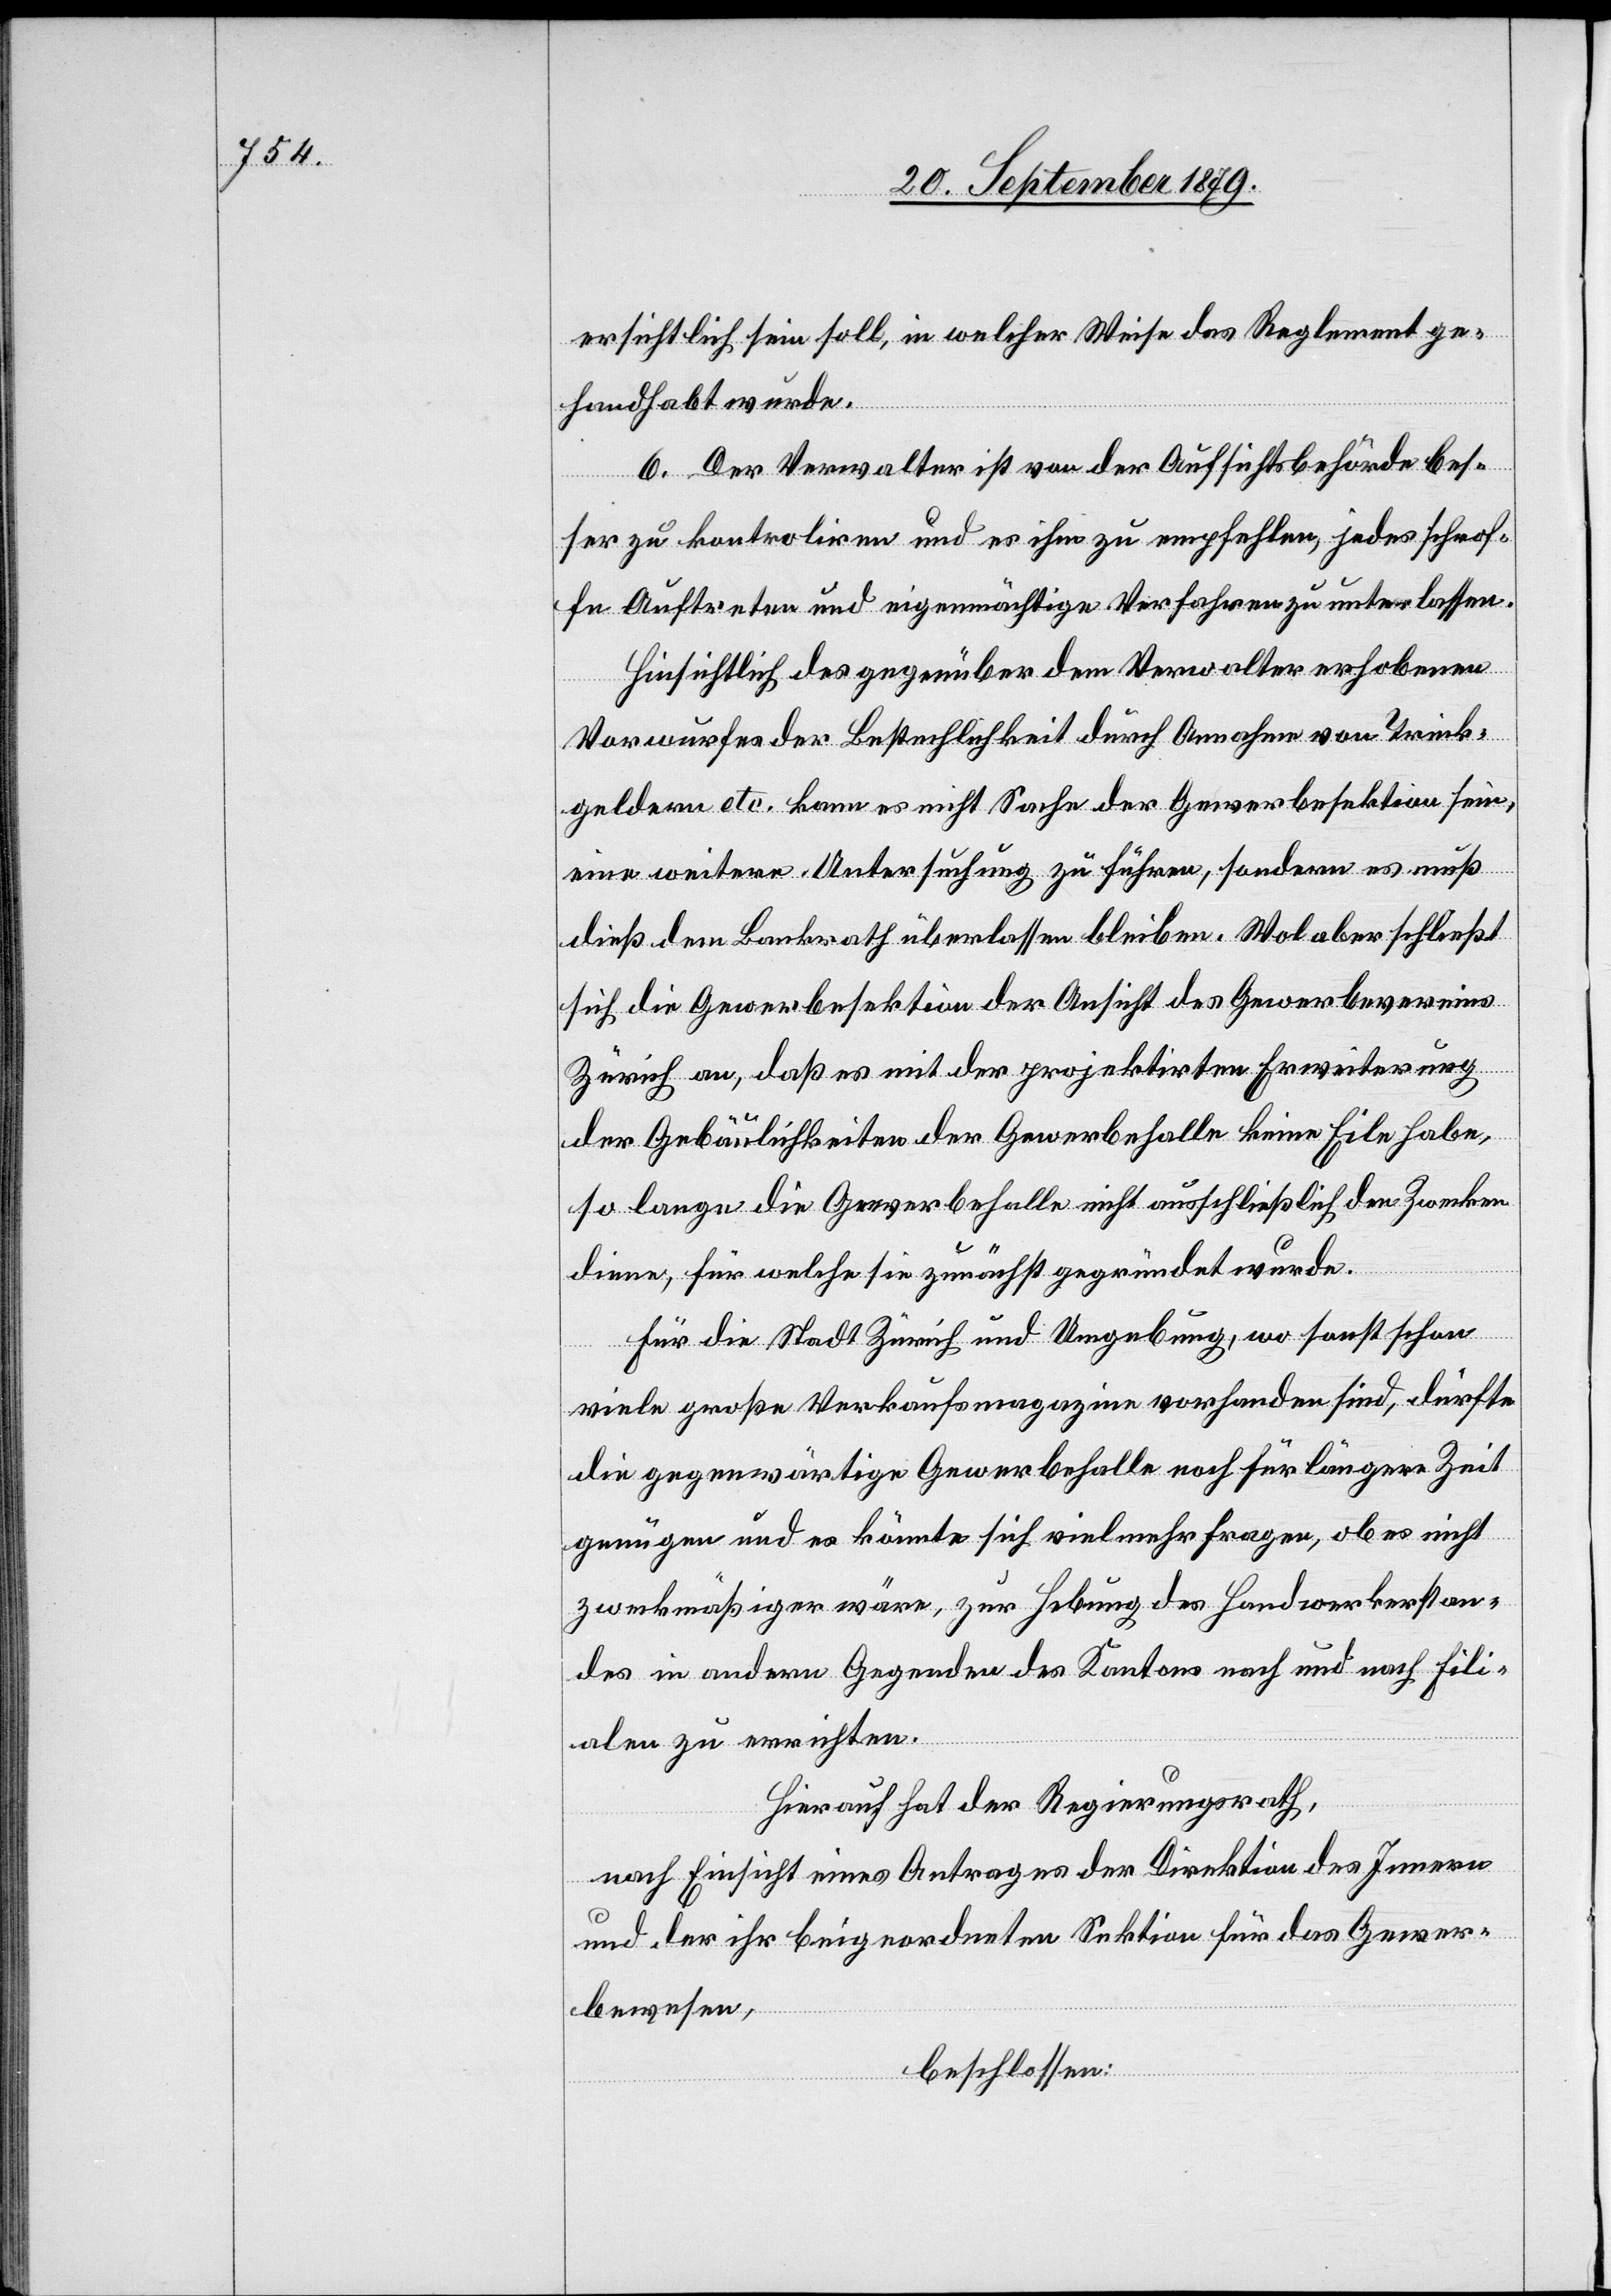
ersichtlich sein soll, in welcher Weise das Reglement ge¬
handhabt wurde.
6. Der Verwalter ist von der Aufsichtsbehörde bes¬
ser zu kontroliren und es ihm zu empfehlen, jedes schrof¬
fe Auftreten und eigenmächtige Verfahren zu unterlassen.
Hinsichtlich des gegenüber dem Verwalter erhobenen
Vorwurfes der Bestechlichkeit durch Annahme von Trink¬
geldern etc. kann es nicht Sache der Gewerbesektion sein,
eine weitere Untersuchung zu führen, sondern es muß
dieß dem Bankrath überlassen bleiben. Wol aber schließt
sich die Gewerbesektion der Ansicht des Gewerbevereins
Zürich an, daß es mit der projektirten Erweiterung
der Gebäulichkeiten der Gewerbehalle keine Eile habe,
so lange die Gewerbehalle nicht ausschließlich den Zwecken
diene, für welche sie zunächst gegründet wurde.
Für die Stadt Zürich und Umgebung, wo sonst schon
viele große Verkaufsmagazine vorhanden sind, dürfte
die gegenwärtige Gewerbehalle noch für längere Zeit
genügen und es könnte sich vielmehr fragen, ob es nicht
zweckmäßiger wäre, zur Hebung des Handwerkerstan¬
des in andern Gegenden des Kantons nach und nach Fili¬
alen zu errichten.
Hierauf hat der Regierungsrath,
nach Einsicht eines Antrages der Direktion des Innern
und der ihr beigeordneten Sektion für das Gewer¬
bewesen,
beschlossen: